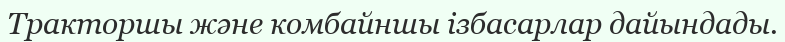
Тракторшы және комбайншы ізбасарлар дайындады.